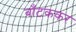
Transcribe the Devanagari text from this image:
बाँटककर